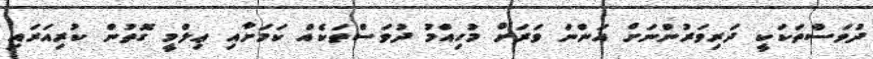
ދުވަސްތަކަކީ ދަރިވަރުންނަށް އަންނަ ވަރަށް މުހިއްމު ދުވަސްތަކެއް ކަމަށާއި ޢިލްމީ ގޮތުން ކުރިއަރައި